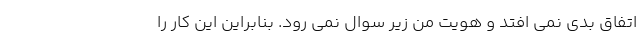
اتفاق بدی نمی افتد و هویت من زیر سوال نمی رود. بنابراین این کار را